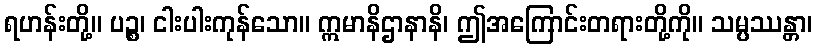
ရဟန်းတို့။ ပဉ္စ၊ ငါးပါးကုန်သော။ ဣမာနိဌာနာနိ၊ ဤအကြောင်းတရားတို့ကို။ သမ္ပဿန္တာ၊